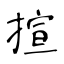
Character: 揎